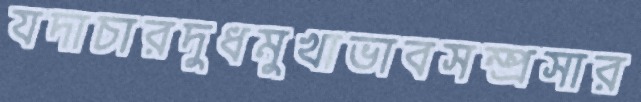
যদাচারদুধমুখাভাবসম্প্রসার